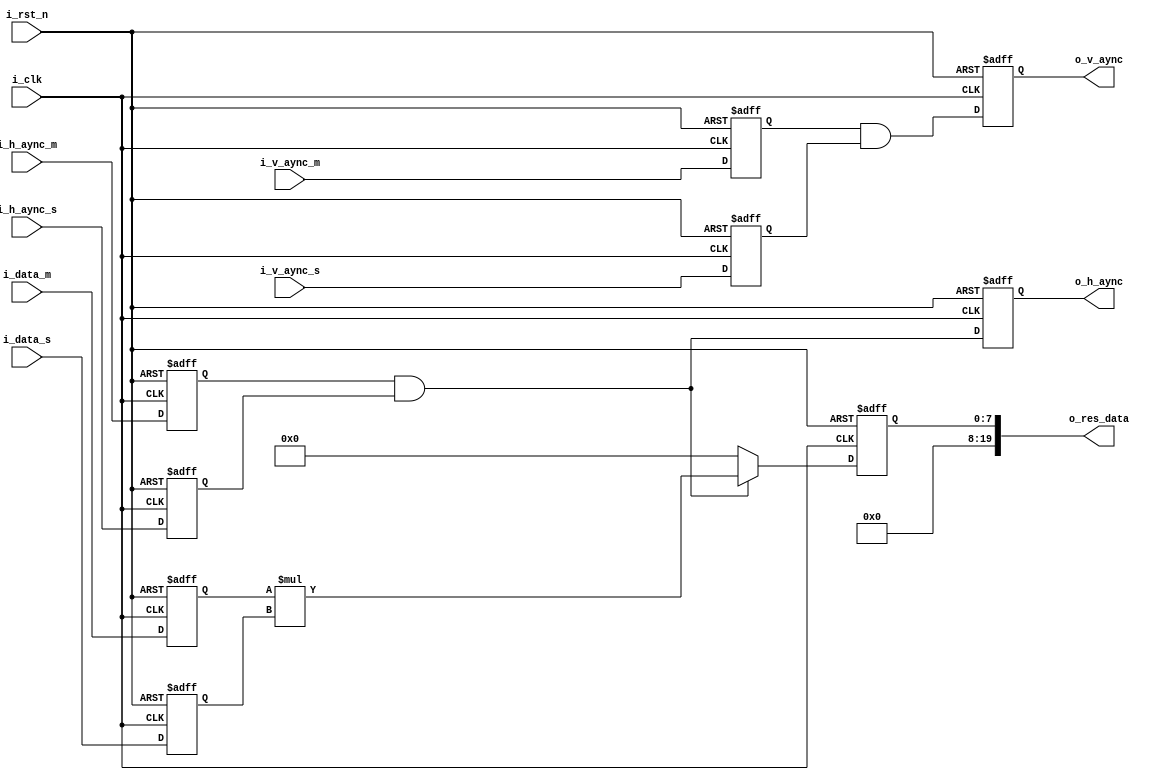
`timescale 1ns / 1ps
//////////////////////////////////////////////////////////////////////////////////
// Company: 
// 
// Design Name: 
// Module Name: multi_hight_feature
// Project Name: 
// Target Devices: 
// Tool Versions: 
// Description: 
// 8
// 8820 = 3*8-2  2*8+4 
// 9924 = 3*9-3  2*9+6 = 2*9+4+2
// 101028 = 3*10-2  2*10+8 = 2*10+4+2+2
// 328
// 256X256 = 65,536 = 20'b0001_0000_0000_0000_0000
// Dependencies: 
// 
// Revision:
// Revision 0.01 - File Created
// Additional Comments:
// 
//////////////////////////////////////////////////////////////////////////////////


module multi_hight_feature
(
    input                       i_clk       ,
    input                       i_rst_n     ,
    input                       i_h_aync_m  ,
    input                       i_v_aync_m  ,
    input   [7:0]               i_data_m    ,
    input                       i_v_aync_s  ,
    input                       i_h_aync_s  ,
    input   [7:0]               i_data_s    ,

    output                      o_h_aync    ,
    output                      o_v_aync    ,
    output  [19:0]              o_res_data  
);

//input regisiters
reg                 ri_h_aync_m ;
reg                 ri_v_aync_m ;
reg     [7:0]       ri_data_m   ;
reg                 ri_v_aync_s ;
reg                 ri_h_aync_s ;
reg     [7:0]       ri_data_s   ;

//output registers
reg                 ro_h_aync   ;
reg                 ro_v_aync   ;
reg     [7:0]       ro_res_data ;

//temp register
wire                w_h_valid_aync;
wire                w_v_valid_aync;

assign  o_h_aync   = ro_h_aync   ;
assign  o_v_aync   = ro_v_aync   ;
assign  o_res_data = ro_res_data ;

assign  w_h_valid_aync = ri_h_aync_m && ri_h_aync_s;
assign  w_v_valid_aync = ri_v_aync_m && ri_v_aync_s;

always@(posedge i_clk or negedge i_rst_n) begin
    if(!i_rst_n) begin
        ri_h_aync_m <= 1'd0;
        ri_v_aync_m <= 1'd0;
        ri_data_m   <= 8'd0;
        ri_v_aync_s <= 1'd0;
        ri_h_aync_s <= 1'd0;
        ri_data_s   <= 8'd0;
    end else begin
        ri_h_aync_m <= i_h_aync_m;
        ri_v_aync_m <= i_v_aync_m;
        ri_data_m   <= i_data_m  ;
        ri_v_aync_s <= i_v_aync_s;
        ri_h_aync_s <= i_h_aync_s;
        ri_data_s   <= i_data_s  ;
    end
end

always@(posedge i_clk or negedge i_rst_n) begin
    if(!i_rst_n)
        ro_res_data   <= 20'd0;
    else if(w_h_valid_aync)
        ro_res_data   <= ri_data_m * ri_data_s;
    else
        ro_res_data   <= 20'd0;
end

always@(posedge i_clk or negedge i_rst_n) begin
    if(!i_rst_n) begin
        ro_h_aync   <= 1'd0;
        ro_v_aync   <= 1'd0;
    end else begin
        ro_h_aync   <= w_h_valid_aync;
        ro_v_aync   <= w_v_valid_aync;
    end
end


endmodule